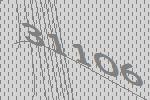
31106